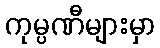
ကုမ္ပဏီများမှာ